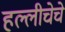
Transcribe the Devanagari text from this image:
हल्लीचेचे